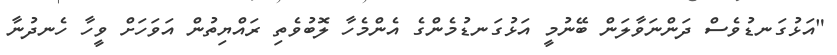
"އަޅުގަނޑުވެސް ދަންނަވާލަން ބޭނުމީ އަޅުގަނޑުމެންގެ އެންމެހާ ލޮބުވެތި ރައްޔިތުން އަވަހަށް ވީހާ ހެނދުނާ